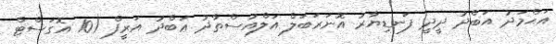
އަޙްމަދު އަބްދު ދީދީ ފަނޑިޔާރު އޮނަރަބަލް އަލްއުސްތާޛު ޢަބްދު އަރީފް (10 އޮގަސްޓް